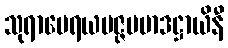
သုရာမေရယမဇ္ဇပမာဒဋ္ဌာယိနီ